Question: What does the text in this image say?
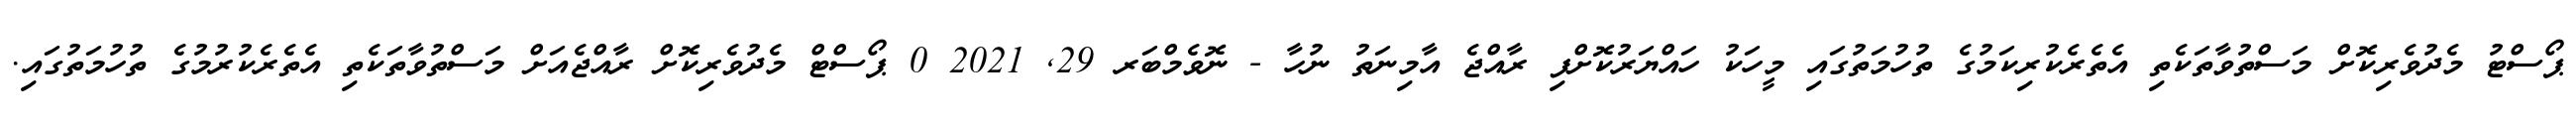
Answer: ޕޯސްޓު މެދުވެރިކޮށް މަސްތުވާތަކެތި އެތެރެކުރިކަމުގެ ތުހުމަތުގައި މީހަކު ހައްޔަރުކޮށްފި ރާއްޖެ އާމިނަތު ނުހާ - ނޮވެމްބަރ 29, 2021 0 ޕޯސްޓް މެދުވެރިކޮށް ރާއްޖެއަށް މަސްތުވާތަކެތި އެތެރެކުރުމުގެ ތުހުމަތުގައި.